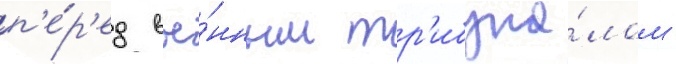
п'е́р'ед вое́нным тр'ибуна́лом -